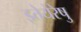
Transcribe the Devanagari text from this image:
इतेयेरेषु